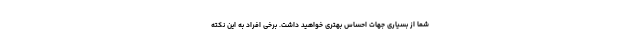
شما از بسیاری جهات احساس بهتری خواهید داشت. برخی افراد به این نکته